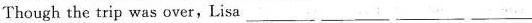
Though the trip was over,Lisa___ ___ ___ ___